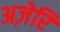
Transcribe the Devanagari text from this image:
अज़ेरि